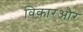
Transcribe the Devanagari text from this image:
विकारऔर